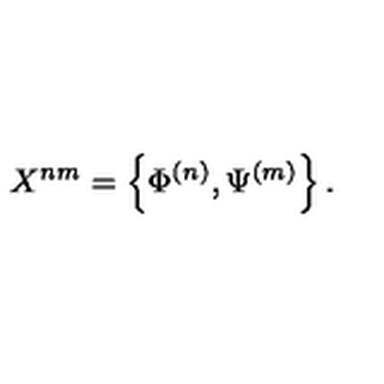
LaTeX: X ^ { n m } = \left\{ \Phi ^ { ( n ) } , \Psi ^ { ( m ) } \right\} .